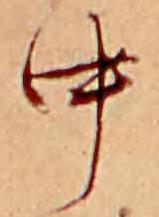
中